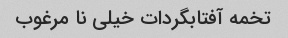
تخمه آفتابگردات خیلی نا مرغوب